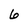
Character: 6